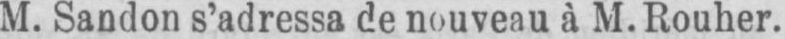
M. Sandon s’adressa de nouveau à M. Rouher.